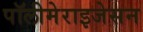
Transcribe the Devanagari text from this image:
पॉलीमेराइजेसन